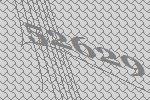
52629